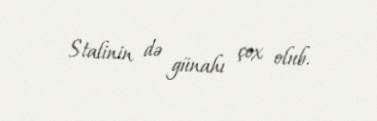
Stalinin də günahı çox olub.